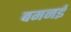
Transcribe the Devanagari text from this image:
बमनई